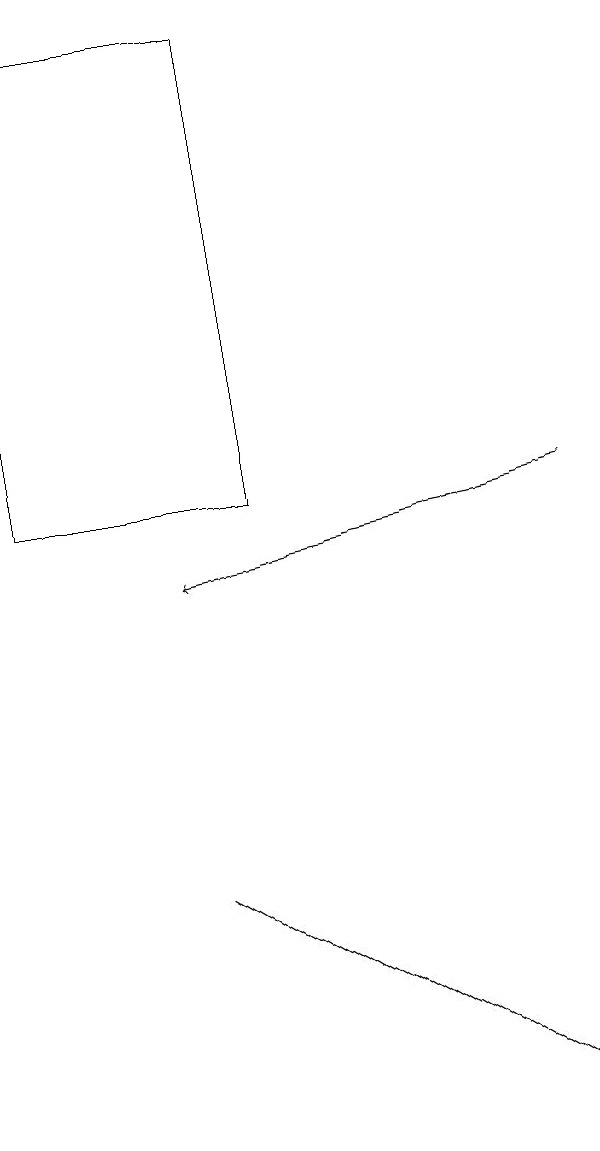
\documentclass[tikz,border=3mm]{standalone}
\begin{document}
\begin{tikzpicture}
\draw (4,19) rectangle (1,13);
\draw (8,5) -- (8,5) -- (3,8) -- cycle;
\draw[->] (8,13) -- (3,12);
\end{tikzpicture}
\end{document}